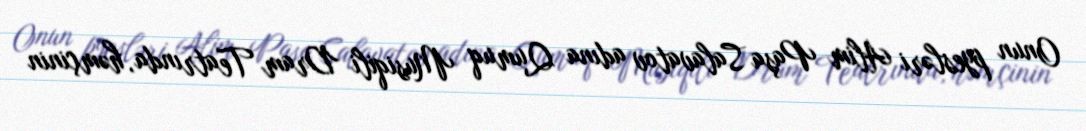
Onun pyesləri Alim Paşa Salavatov adına Qumuq Musiqili Dram Teatrında, həmçinin